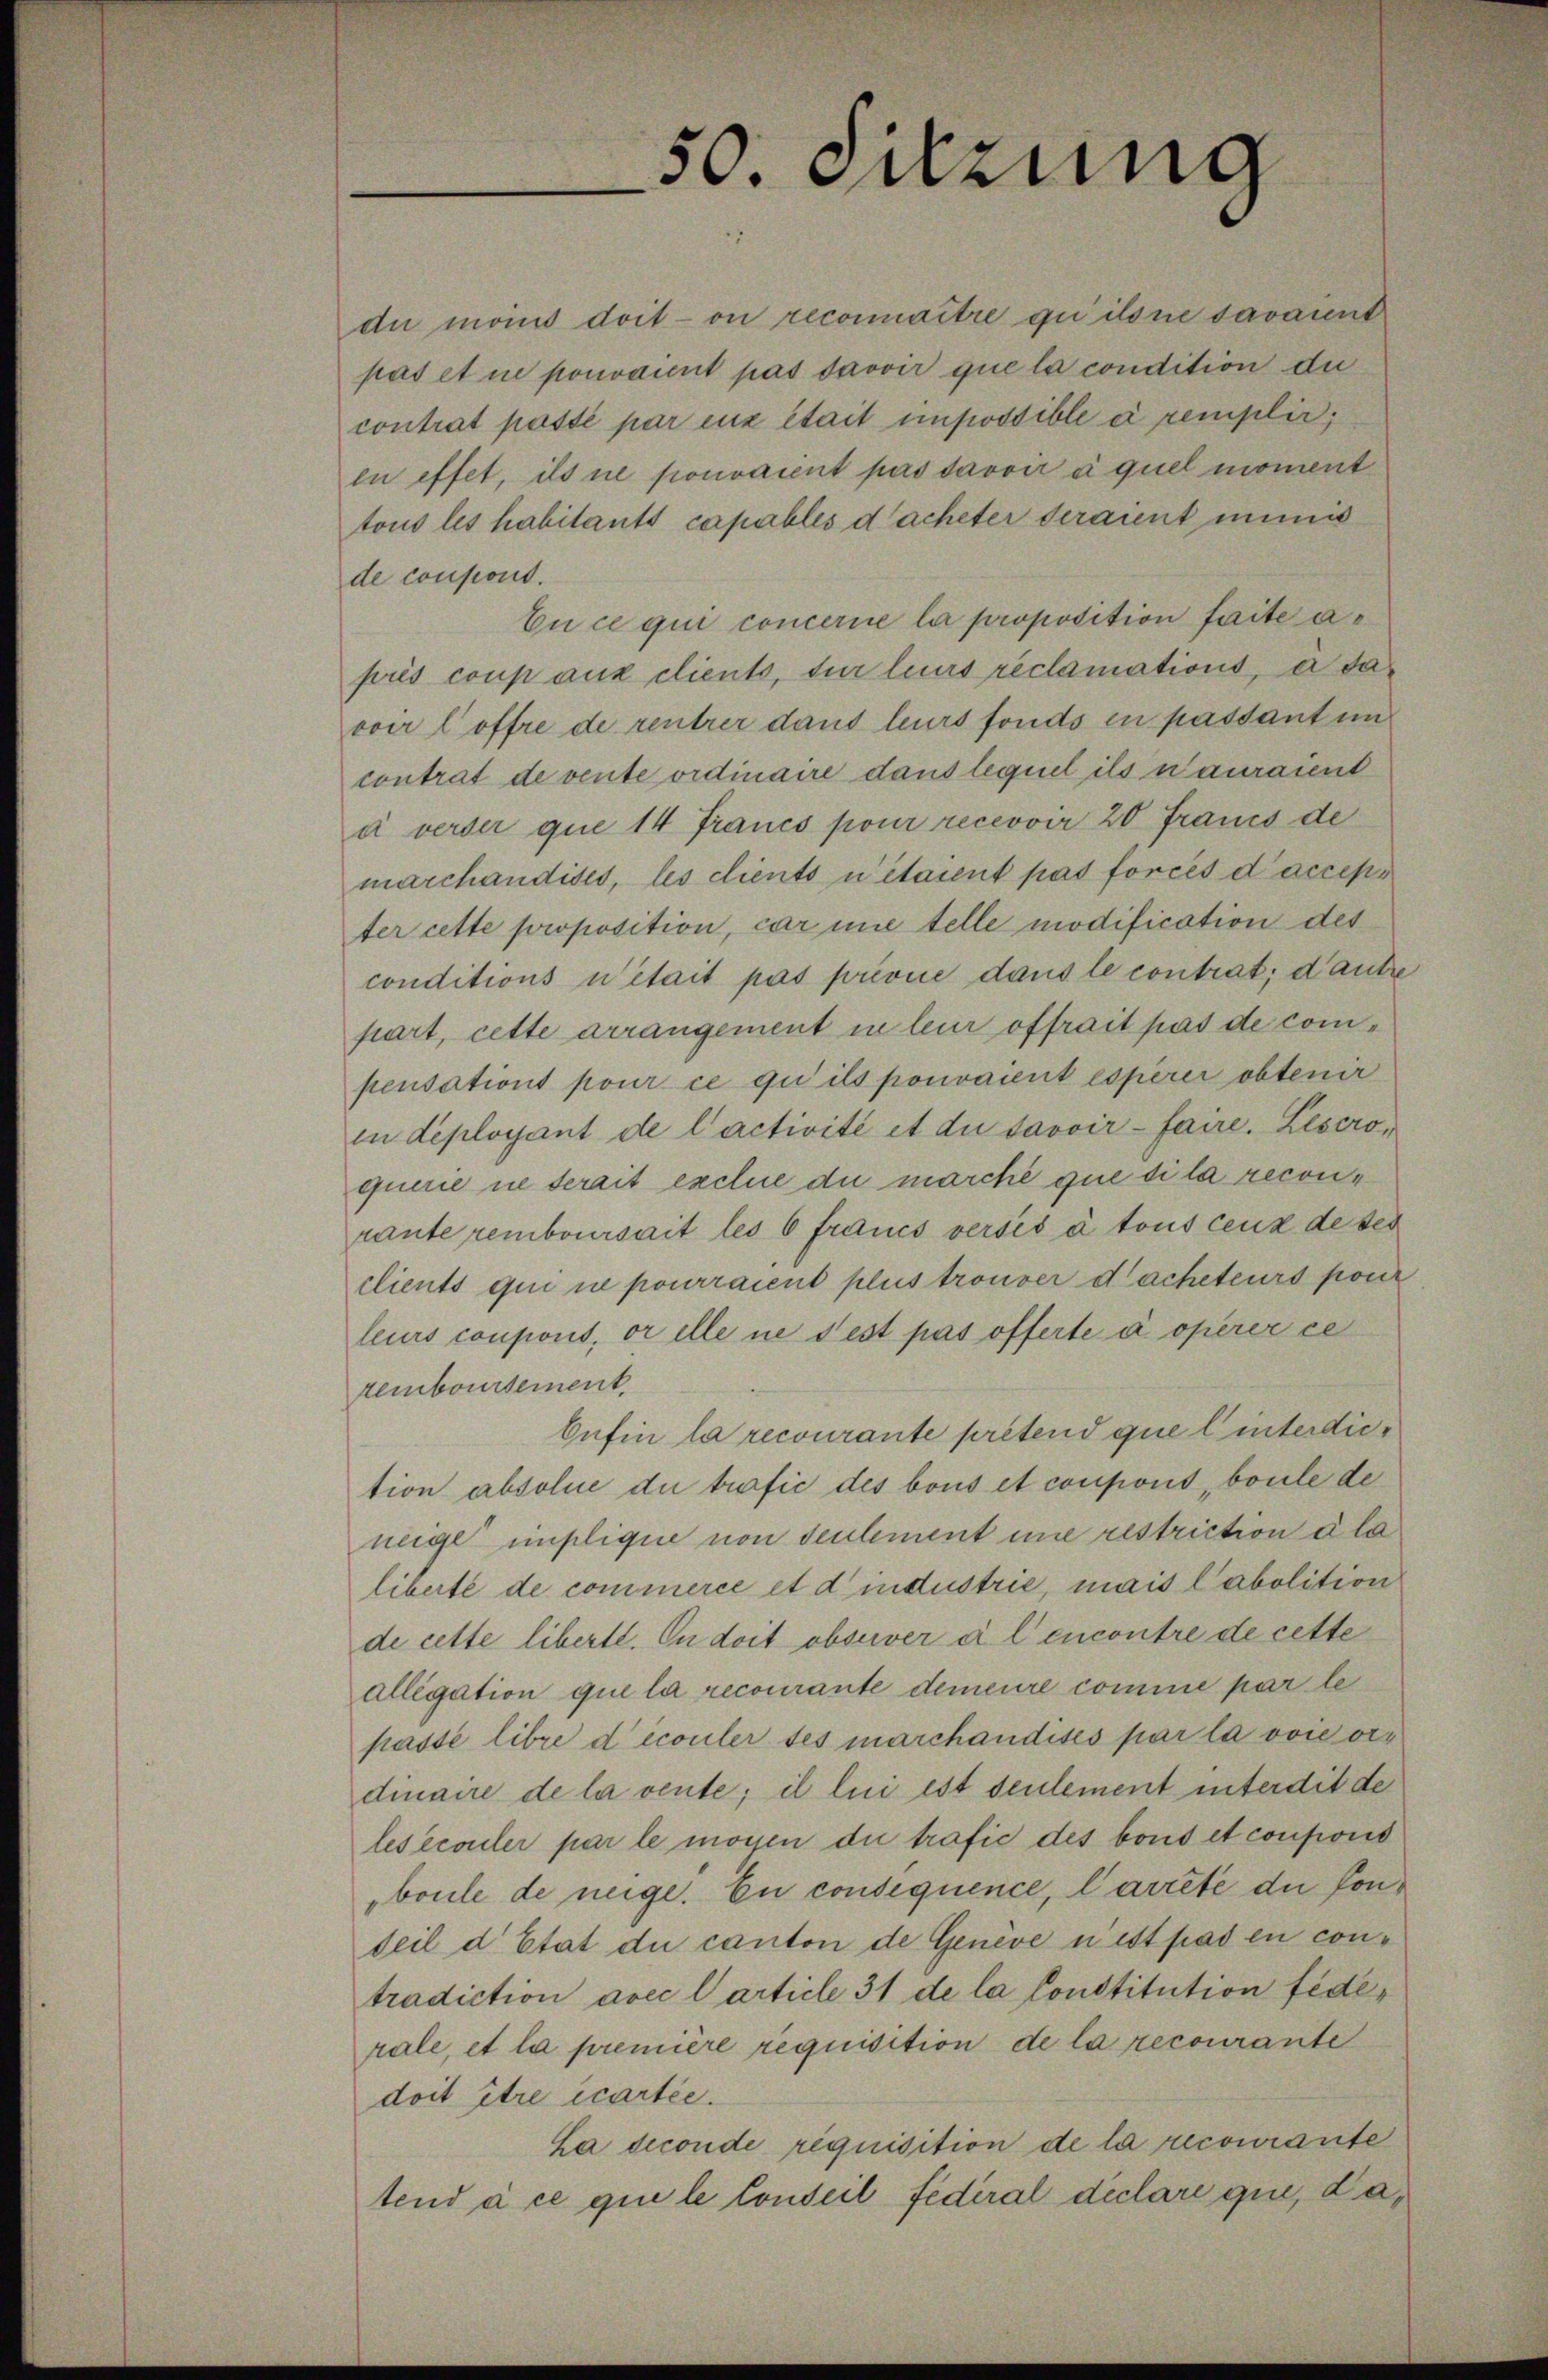
50. Sitzung

die monis doit on reconnaître quilone savannt
pas et in pouvaient pas savoir que la condition du
contrat passé par eux était impossible di remplir;
in effet, ils ne pouvaient pas savoir à quel moment
tous les habitants capables d’acheter seraient immis
de consent.
En ce qui concerne la proposition faite a
près coup aux clients, für leurs réclamations, er davoir l’offre de rentrer dans leurs fonds in passant im
contrat de vente ordinaire dans lequel ils n’auraient
a verser que 14 Francs pour recevoir 20 Fraues de
marchandises, les clients n’étaient pas forcés d’accepi
ter cette proposition, car une telle modification des
conditions était pas forone dans le contrat, d’autre
part, cette arrangement in leur offrait pas de compensations pour ce qu’ils pouvaient esperir obtenir
in deployant de l’activité et du savoir - faire. Leseroquirie ne serait exclue du marché que dila reconraute remboursait les 6 francs versés à tous cenz de des
clients qui ne pourraient plus trouver dacheteurs pour
leurs coupont, er elle ne s’est pas offerte a opérer ce
remboursement
Cafin la recourante prétend quel interdiction absolue du trafić des bous et coupons, boule de
neige implique von seulement une restriction d la
liberte de commerce et d’industrie, mais labolition
de cette liberte. In doit observer a l encontre de cette
allégation que la recourante demeure comme par le
passé libre découler ses marchandises par la von ordinaire de la vente; il lui est seulement interdit der
lesécouler par le mögen die trafic des bond et coupons
boule de neige. En consequence, Carrete du sonteil d’Etat die canton de Genève n’est pas en contradiction avec larticle 31 de la Constitution fede,
rale, et la première requisition de la recourante
doit être écartée.
La deconde requisition de la recourante
tend à ce que le Conseil fédéral déclare que, da¬